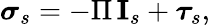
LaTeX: \boldsymbol{\sigma}_{s}=-\Pi\, \mathbf{I}_{s}+\boldsymbol{\tau}_{s},